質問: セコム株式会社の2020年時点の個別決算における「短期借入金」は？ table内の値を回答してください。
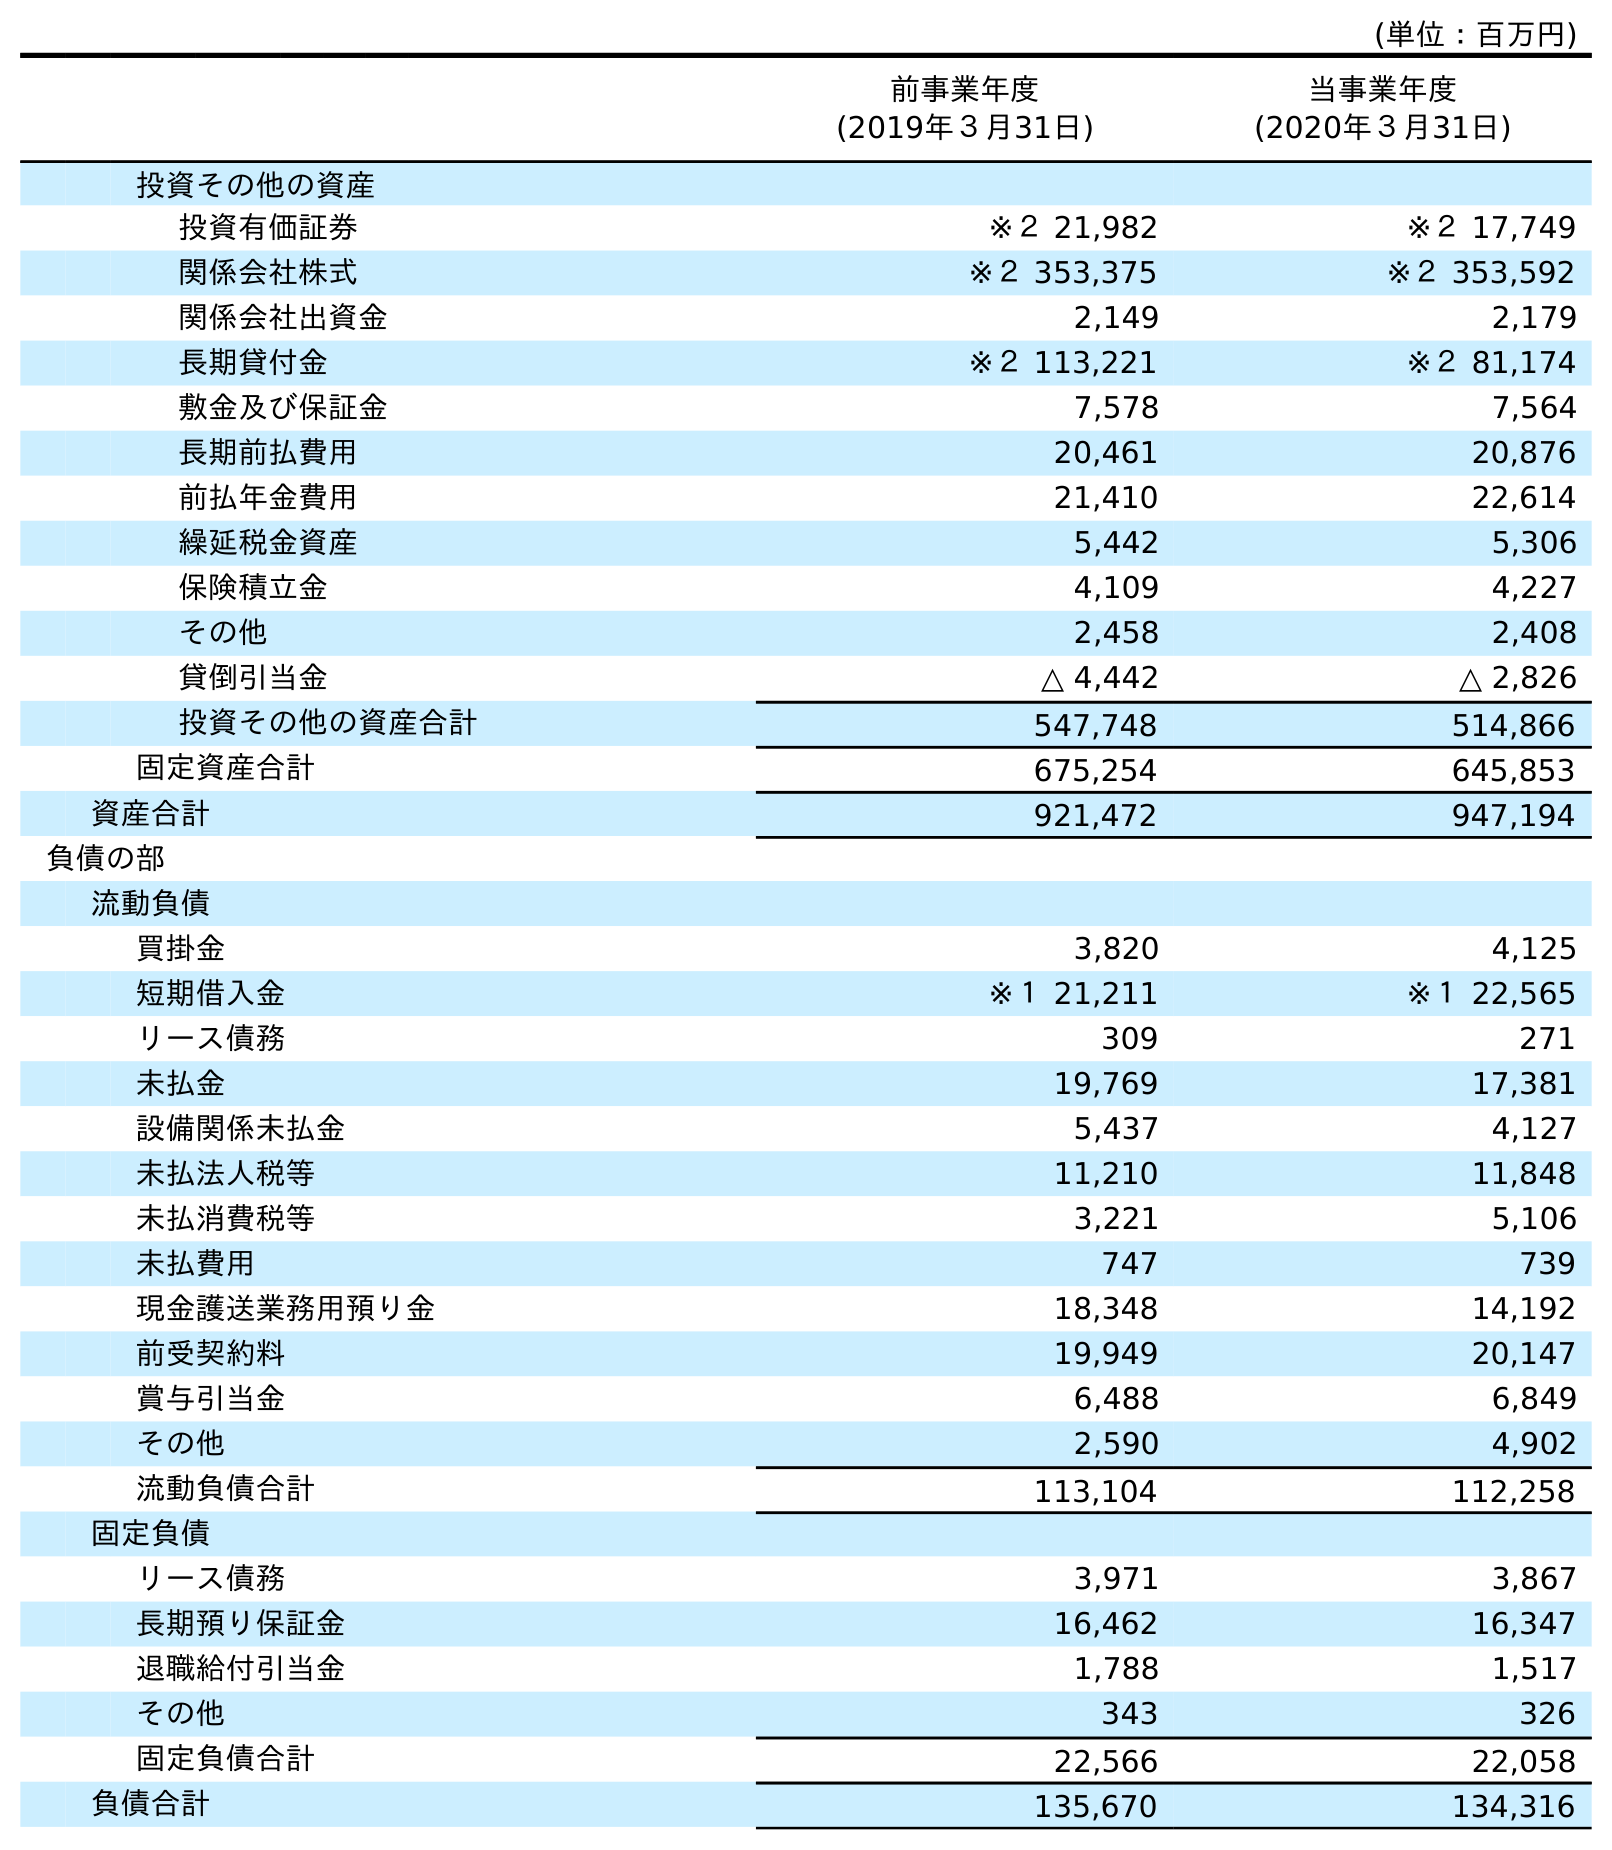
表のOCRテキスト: (単位：百万円) 前事業年度 (2019年３月31日) 当事業年度 (2020年３月31日) 投資その他の資産 投資有価証券 ※２ 21,982 ※２ 17,749 関係会社株式 ※２ 353,375 ※２ 353,592 関係会社出資金 2,149 2,179 長期貸付金 ※２ 113,221 ※２ 81,174 敷金及び保証金 7,578 7,564 長期前払費用 20,461 20,876 前払年金費用 21,410 22,614 繰延税金資産 5,442 5,306 保険積立金 4,109 4,227 その他 2,458 2,408 貸倒引当金 △ 4,442 △ 2,826 投資その他の資産合計 547,748 514,866 固定資産合計 675,254 645,853 資産合計 921,472 947,194 負債の部 流動負債 買掛金 3,820 4,125 短期借入金 ※１ 21,211 ※１ 22,565 リース債務 309 271 未払金 19,769 17,381 設備関係未払金 5,437 4,127 未払法人税等 11,210 11,848 未払消費税等 3,221 5,106 未払費用 747 739 現金護送業務用預り金 18,348 14,192 前受契約料 19,949 20,147 賞与引当金 6,488 6,849 その他 2,590 4,902 流動負債合計 113,104 112,258 固定負債 リース債務 3,971 3,867 長期預り保証金 16,462 16,347 退職給付引当金 1,788 1,517 その他 343 326 固定負債合計 22,566 22,058 負債合計 135,670 134,316
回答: ※１22,565